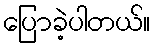
ပြောခဲ့ပါတယ်။